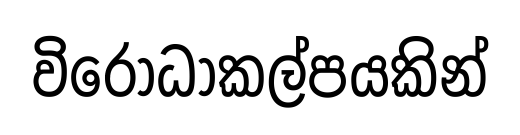
විරෝධාකල්පයකින්